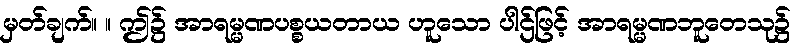
မှတ်ချက်။ ။ ဤ၌ အာရမ္မဏပစ္စယတာယ ဟူသော ပါဌ်ဖြင့် အာရမ္မဏဘူတေသု၌